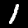
Digit: 1